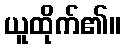
ယူထိုက်၏။